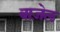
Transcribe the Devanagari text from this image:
बाज़ेल